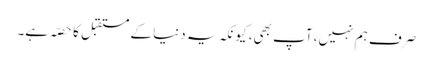
صرف ہم نہیں، آپ بھی، کیونکہ یہ دنیا کے مستقبل کا حصّہ ہے۔